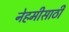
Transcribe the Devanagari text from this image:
नेहमीसाठी